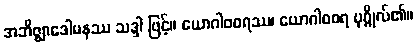
အဘိဇ္ဈာဒေါမနဿ သဒ္ဒါ ဖြင့်။ ယောဂါဝစရဿ၊ ယောဂါဝစရ ပုဂ္ဂိုလ်၏။